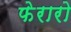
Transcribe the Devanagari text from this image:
फेरारो